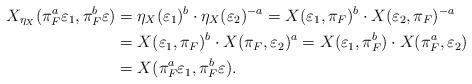
LaTeX: \begin{align*} X_{\eta_X}(\pi_F^a\varepsilon_1,\pi_F^b\varepsilon) &=\eta_X(\varepsilon_1)^b\cdot\eta_X(\varepsilon_2)^{-a}=X(\varepsilon_1,\pi_F)^b\cdot X(\varepsilon_2,\pi_F)^{-a}\\ &=X(\varepsilon_1,\pi_F)^b\cdot X(\pi_F,\varepsilon_2)^{a}=X(\varepsilon_1,\pi_F^b)\cdot X(\pi_F^a,\varepsilon_2)\\ &=X(\pi_F^a\varepsilon_1,\pi_F^b\varepsilon).\end{align*}